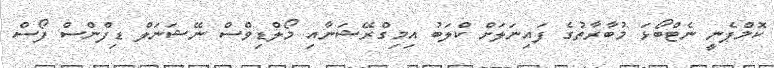
ކޮމްޕެނީ ނެޓްބޯޅަ މުބާރާތުގެ ފައިނަލަށް ކްލަބު އިމިގްރޭޝަނާއި މޯލްޑިވްސް ނޭޝަނަލް ޑިފްންސް ފޯސް